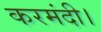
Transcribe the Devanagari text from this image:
करमंदी।